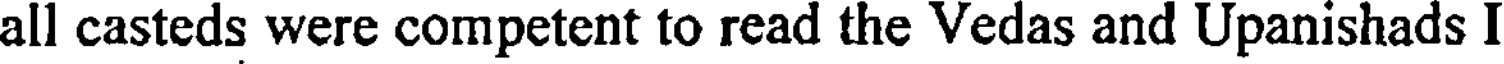
all casteds were competent to read the Vedas and Upanishads I